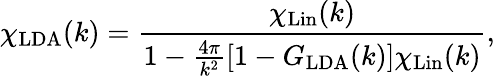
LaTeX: \chi_{\mathrm{LDA}}(k)=\frac{\chi_{\mathrm{Lin}}(k)}{1-\frac{4\pi}{k^{2}}\left[1-G_{\mathrm{LDA}}(k)\right]\chi_{\mathrm{Lin}}(k)},